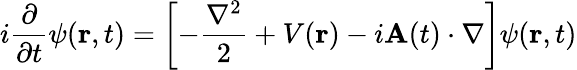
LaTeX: i\frac{\partial}{\partial t}\psi(\mathbf{r},t)=\left[-\frac{\nabla^{2}}{2}+V(\mathbf{r})-i\mathbf{A}(t)\cdot\nabla\right]\psi(\mathbf{r},t)